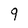
Character: 9